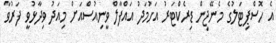
އެ ހޮސްޕިޓަލުގެ މެނޭޖިން ޑިރެކްޓަރު އަހުމަދު އައްފާލް ވީނިއުސްއަށް މިއަދު ވިދާޅުވީ ފަރުވާ